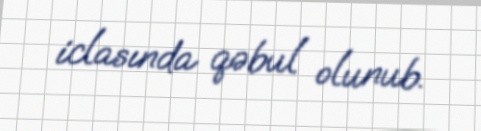
iclasında qəbul olunub.